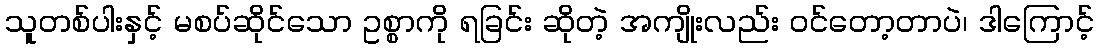
သူတစ်ပါးနှင့် မစပ်ဆိုင်သော ဥစ္စာကို ရခြင်း ဆိုတဲ့ အကျိုးလည်း ဝင်တော့တာပဲ၊ ဒါကြောင့်